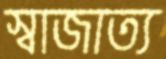
স্বাজাত্য